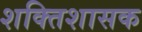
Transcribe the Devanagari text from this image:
शक्तिशासक